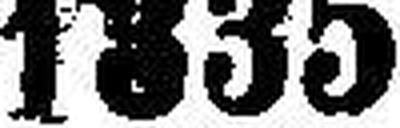
1335